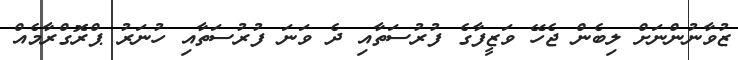
ޒުވާނުންނަށް ލިބެން ޖެހޭ ވަޒީފާގެ ފުރުސަތާއި ދެ ވަނަ ފުރުސަތާއި ހުނަރު ޕްރޮގްރާމެއް